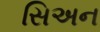
સિઅન